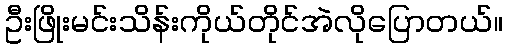
ဦးဖြိုးမင်းသိန်းကိုယ်တိုင်အဲလိုပြောတယ်။